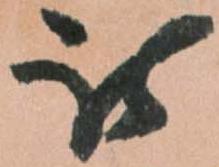
被